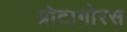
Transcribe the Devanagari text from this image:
प्रोटागोरस